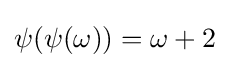
\psi (\psi (\omega ))=\omega +2